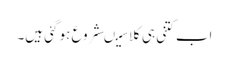
اب کتنی ہی کلاسیںشروع ہو گئی ہیں۔